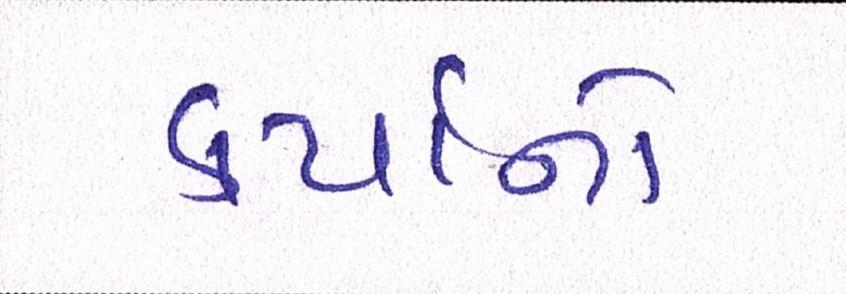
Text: કર્યાનો